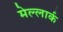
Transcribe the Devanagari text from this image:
मेल्लार्क